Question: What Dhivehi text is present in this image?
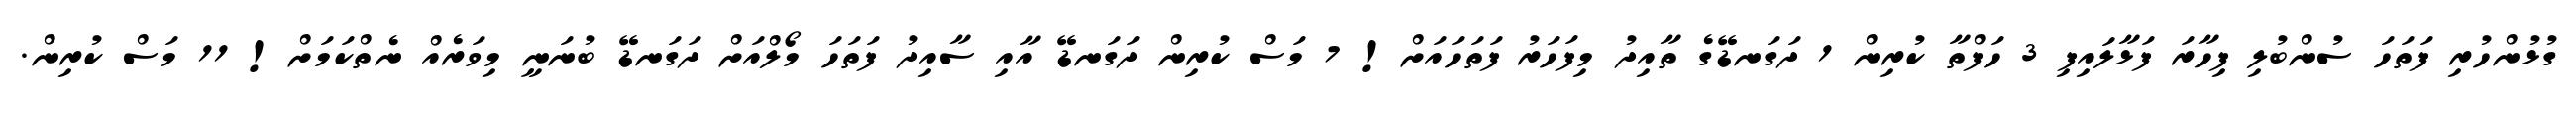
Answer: ގުޅުންހުރި ފަތަހަ ސުންބުލި ފިހާރަ ފަޅާލައިފި 3 ހަފްތާ ކުރިން 1 ދަގަނޑޭގެ ތާއިދު މިފަހަރު ފަތަހައަށް! 7 މަސް ކުރިން ދަގަނޑޭ އާއި ސާއިދު ފަތަހަ މޯލްއަށް ދަގަނޑޭ ބުނަނީ މިވަރެއް ނެތްކަމަށް! 11 މަސް ކުރިން.